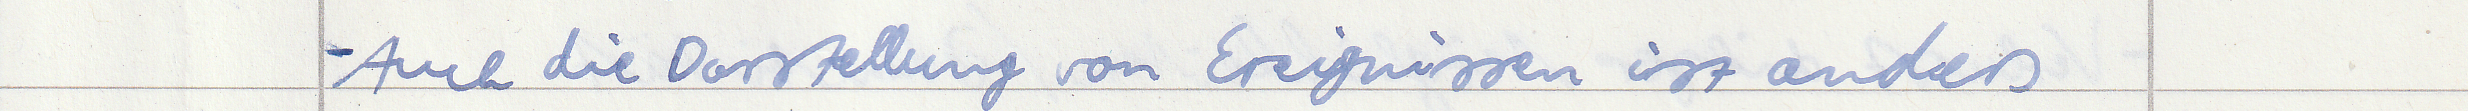
- Auch die Darstellung von Ereignissen ist anders